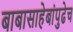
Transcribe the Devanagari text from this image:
बाबासाहेबांपुढेच